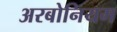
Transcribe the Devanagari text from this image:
अरबोनियम